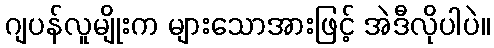
ဂျပန်လူမျိုးက များသောအားဖြင့် အဲဒီလိုပါပဲ။